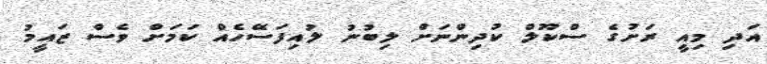
އަދި މިއީ ރަށުގެ ސްކޫލް ކުދިންނަށް ލިބުނު ލުއިފަސޭހެއް ކަމަށް ވެސް ޒައީމު